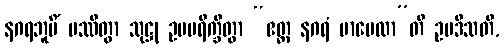
နဂရဘူမိံ ပဿိတွာ သုဋ္ဌု ဥပပရိက္ခိတွာ “ဧတ္ထ နဂရံ မာပေထာ”တိ ဥပဒိသတိ,